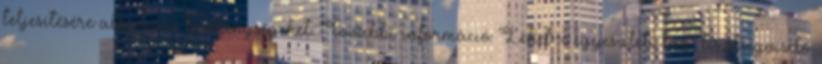
teljesítésére alkalmas tevékenységeket. További információ: Lehet-e egyesületi tag, tisztségviselő